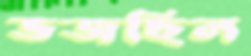
ভজছিল